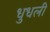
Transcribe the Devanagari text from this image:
धुधली